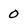
Character: 0